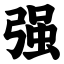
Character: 强